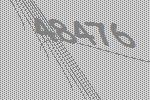
48476